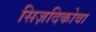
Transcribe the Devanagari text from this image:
सिज़दिकोवा